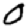
Digit: 0